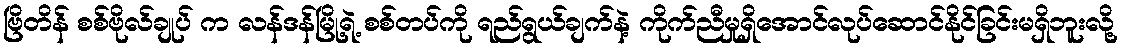
ဗြိတိန် စစ်ဗိုလ်ချုပ် က လန်ဒန်မြို့ရဲ့ စစ်တပ်ကို ရည်ရွယ်ချက်နဲ့ ကိုက်ညီမှုရှိအောင်လုပ်ဆောင်နိုင်ခြင်းမရှိဘူးလို့